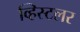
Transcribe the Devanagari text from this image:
व्हिस्टलर